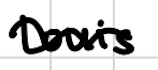
Text: Louis
Cross-out: wave
Writing tool: digital_black